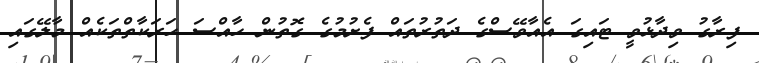
ފިރާގު ވިދާޅުވީ ޓައިގަ އެއާވޭސްގެ ދަތުރުތައް ފެށުމުގެ ގޮތުން ހާއްސަ ހަރަކާތްތަކެއް މާލޭގައި